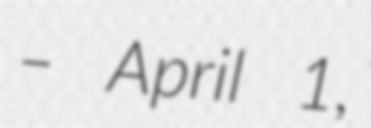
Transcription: – April 1,